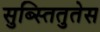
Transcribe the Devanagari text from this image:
सुब्स्तितुतेस